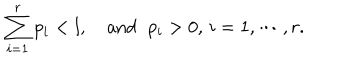
LaTeX: \sum _ { i = 1 } ^ { r } p _ { i } < l , \, \, \, \, \, \, \mathrm { a n d } \, \, \ p _ { i } > 0 , \, i = 1 , \cdots , r .